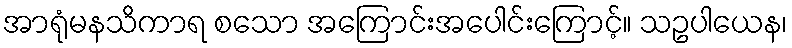
အာရုံမနသိကာရ စသော အကြောင်းအပေါင်းကြောင့်။ သဥပါယေန၊